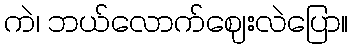
ကဲ၊ ဘယ်လောက်ဈေးလဲပြော။